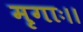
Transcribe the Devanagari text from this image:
मृगाः।।